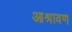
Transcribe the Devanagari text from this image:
आश्रावण